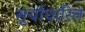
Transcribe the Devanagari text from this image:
सूर्याधारित